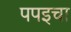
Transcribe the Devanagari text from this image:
पपइचा